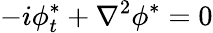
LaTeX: -i\phi_{t}^{*}+\nabla^{2}\phi^{*}=0